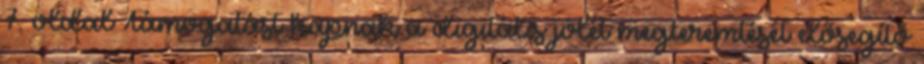
7. oldal Támogatást kapnak a digitális jólét megteremtését elősegítő